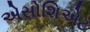
એસોશિએટ